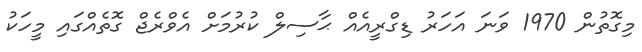
މިގޮތުން 1970 ވަނަ އަހަރު ޑިގްރީއެއް ޙާސިލް ކުރުމަށް އެވްރެޖް ގޮތެއްގައި މީހަކު